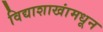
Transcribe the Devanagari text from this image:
विद्याशाखांमधून